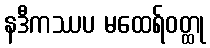
နဒီကဿပ မထေရ်ဝတ္ထု